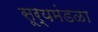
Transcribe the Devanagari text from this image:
सूर्यमंडळा